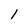
Character: 1